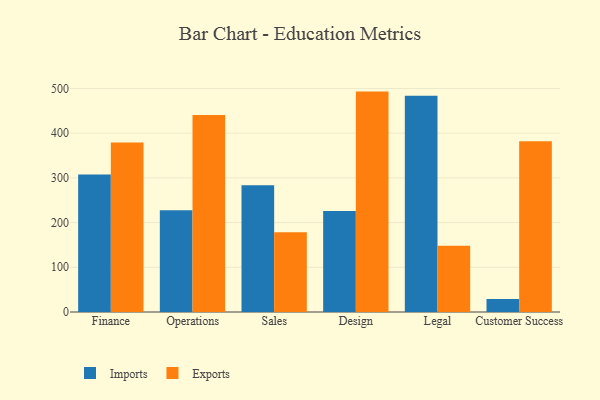
{"axis": {"x": "Department", "y": "Conversion Rate (%)"}, "legend": ["Exports", "Imports"], "data": [{"x": "Finance", "y": 307.3, "type": "Imports"}, {"x": "Finance", "y": 379.4, "type": "Exports"}, {"x": "Operations", "y": 227.7, "type": "Imports"}, {"x": "Operations", "y": 440.4, "type": "Exports"}, {"x": "Sales", "y": 283.5, "type": "Imports"}, {"x": "Sales", "y": 178.6, "type": "Exports"}, {"x": "Design", "y": 225.8, "type": "Imports"}, {"x": "Design", "y": 493.0, "type": "Exports"}, {"x": "Legal", "y": 483.8, "type": "Imports"}, {"x": "Legal", "y": 148.0, "type": "Exports"}, {"x": "Customer Success", "y": 28.9, "type": "Imports"}, {"x": "Customer Success", "y": 382.0, "type": "Exports"}]}